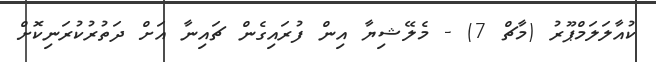
ކުއާލަލަމްޕޫރު (މާޗް 7) - މެލޭޝިޔާ އިން ފުރައިގެން ޗައިނާ އަށް ދަތުރުކުރަނިކޮށް